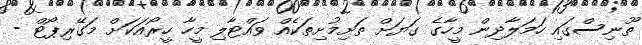
ތޫނިސްގައި ހަމަލާދިން މީހާގެ ގަޔަށް ތަށިމުށިތަކެއް ވައްޓާލި މީހާ ހީރޯއަކަށް މަގޭރިޕޯޓް -